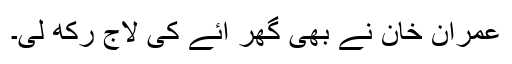
عمران خان نے بھی گھر آئے کی لاج رکھ لی۔